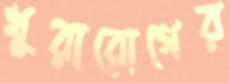
খুরারোগের